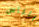
الناس